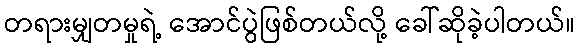
တရားမျှတမှုရဲ့ အောင်ပွဲဖြစ်တယ်လို့ ခေါ်ဆိုခဲ့ပါတယ်။